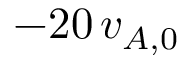
{ - 2 0 \, v _ { A , 0 } }